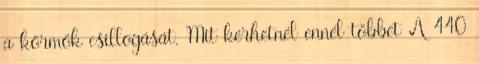
a körmök csillogását. Mit kérhetnél ennél többet A 440